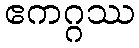
ဧကဂ္ဂဿ